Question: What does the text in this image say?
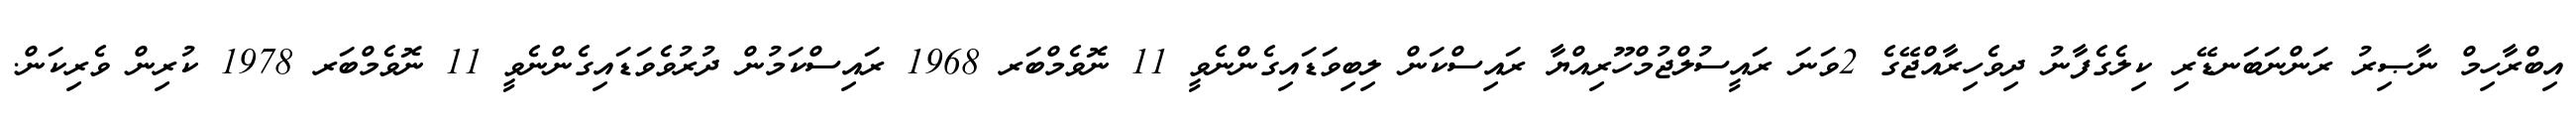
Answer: އިބްރާހިމް ނާޞިރު ރަންނަބަނޑޭރި ކިލެގެފާނު ދިވެހިރާއްޖޭގެ 2ވަނަ ރައީސުލްޖުމްހޫރިއްޔާ ރައިސްކަން ލިބިވަޑައިގެންނެވީ 11 ނޮވެމްބަރ 1968 ރައިސްކަމުން ދުރުވެވަޑައިގެންނެވީ 11 ނޮވެމްބަރ 1978 ކުރިން ވެރިކަން.